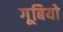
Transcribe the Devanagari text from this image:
गूबियो